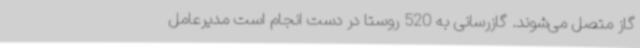
گاز متصل می‌شوند. گازرسانی به 520 روستا در دست انجام است مدیرعامل